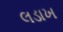
લડાખ